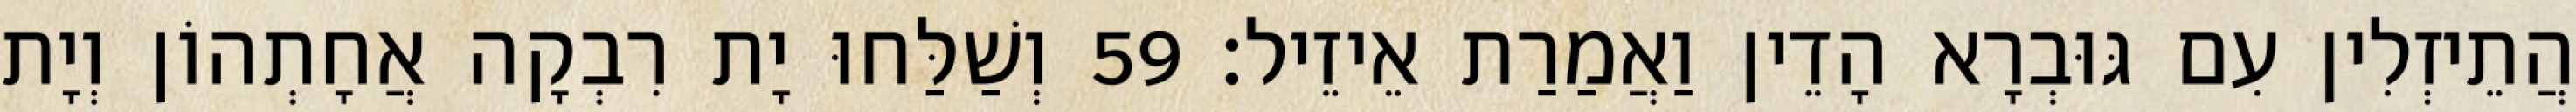
הֲתֵיזְלִין עִם גּוּבְרָא הָדֵין וַאֲמַרַת אֵיזֵיל׃ 59 וְשַׁלַּחוּ יָת רִבְקָה אֲחָתְהוֹן וְיָת